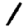
Digit: 1